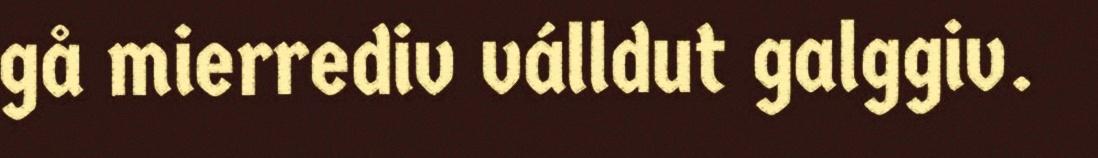
gå mierrediv válldut galggiv.